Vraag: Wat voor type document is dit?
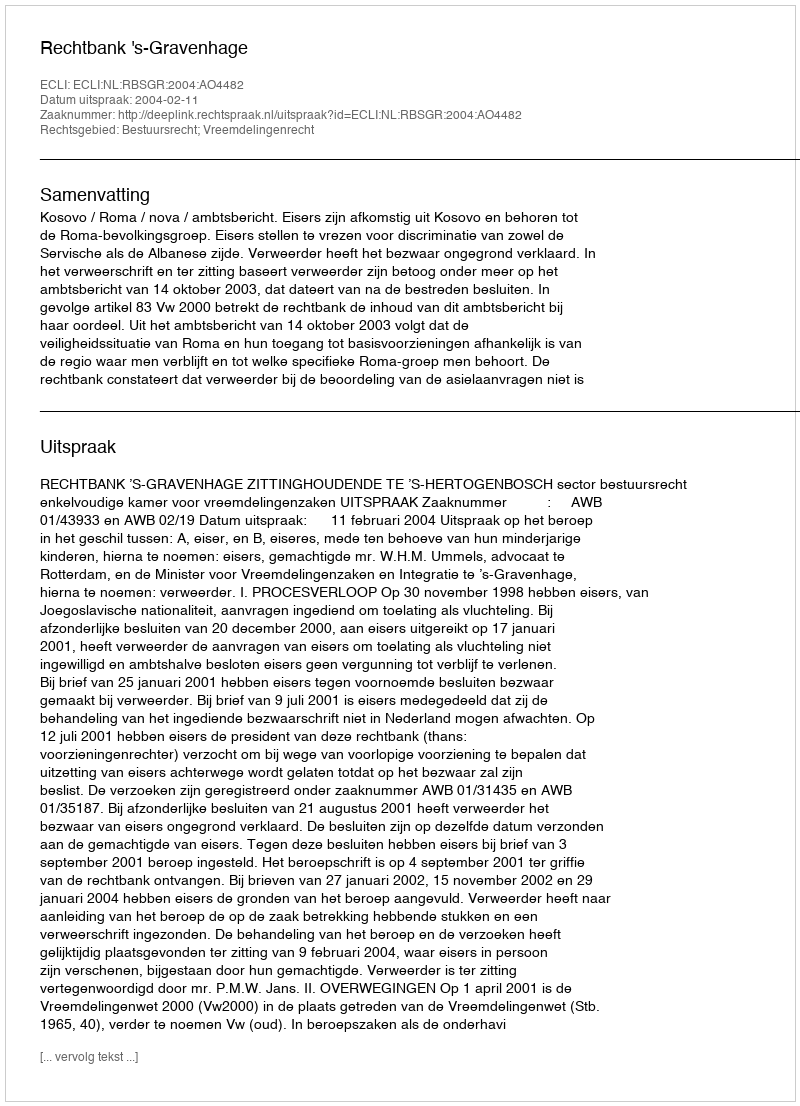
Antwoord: Uitspraak